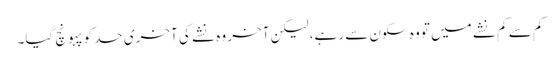
کم سے کم نشے میں تو وہ سکون سے رہے، لیکن آخر وہ نشے کی آخری حد کو پہونچ گیا۔